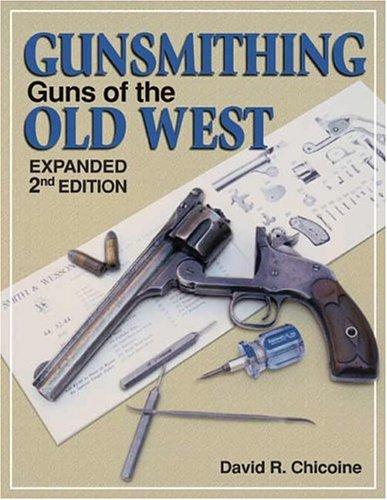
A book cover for Gunsmithing - Guns of the Old West (Gunsmithing); David Chicoine; Crafts, Hobbies & Home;